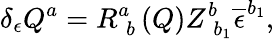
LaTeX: \delta_{\epsilon}Q^{a}=R_{\; b}^{a}\left(Q\right)Z_{\; b_{1}}^{b}\overline{{{\epsilon}}}^{b_{1}},